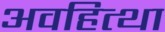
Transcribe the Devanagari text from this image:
अवहित्था